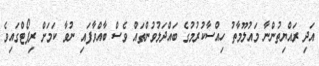
އަދި ރައްޔިތުންނާ މައުލޫމާތު ހިއްސާކުރުމުގެ ބައްދަލުވުންތައް ވެސް ބާއްވާފައި ނުވާ ކަމަށް ރިޕޯޓްގައިވެ